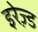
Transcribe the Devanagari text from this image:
इरेज़्ड